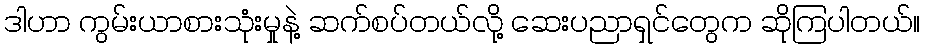
ဒါဟာ ကွမ်းယာစားသုံးမှုနဲ့ ဆက်စပ်တယ်လို့ ဆေးပညာရှင်တွေက ဆိုကြပါတယ်။